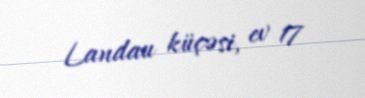
Landau küçəsi, ev 17